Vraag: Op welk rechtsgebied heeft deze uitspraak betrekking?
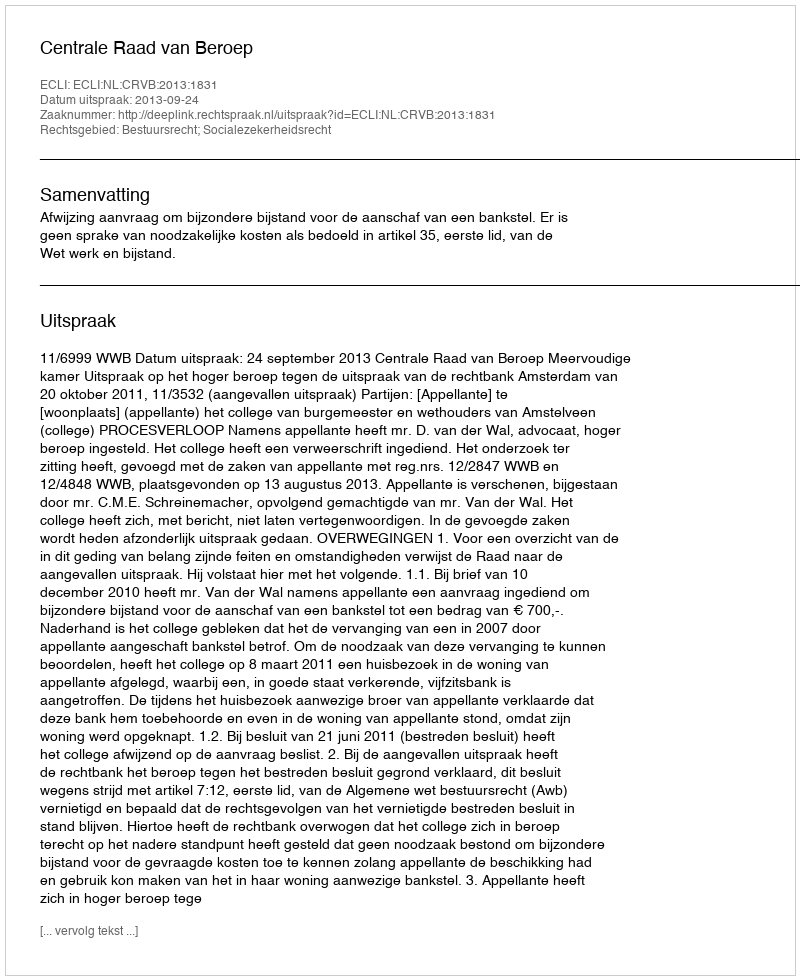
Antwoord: Bestuursrecht; Socialezekerheidsrecht